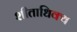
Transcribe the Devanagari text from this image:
शीताधिक्य